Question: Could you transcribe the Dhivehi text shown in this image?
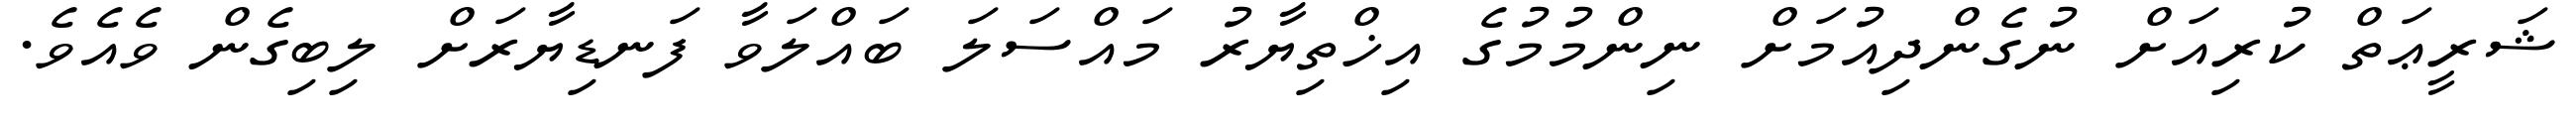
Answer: ޝަރީޢަތް ކުރިއަށް ނުގެންދިއުމަށް ނިންމުމުގެ އިޚްތިޔާރު މައްސަލަ ބައްލަވާ ފަނޑިޔާރަށް ލިބިގެން ވެއެވެ.